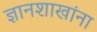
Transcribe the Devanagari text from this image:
ज्ञानशाखांना